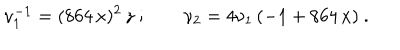
LaTeX: \nu _ { 1 } ^ { - 1 } = ( 8 6 4 \, x ) ^ { 2 } \, z \ ; \qquad \nu _ { 2 } = 4 \nu _ { 1 } \, ( - 1 + 8 6 4 \, x ) \ .